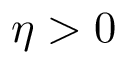
\eta > 0